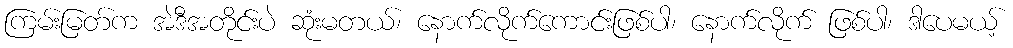
ကြမ်းမြတ်က အဲဒီအတိုင်းပဲ ဆုံးမတယ်၊ နောက်လိုက်ကောင်းဖြစ်ပါ၊ နောက်လိုက် ဖြစ်ပါ၊ ဒါပေမယ့်